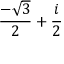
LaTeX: { \frac { - { \sqrt { 3 } } } { 2 } } + { \frac { i } { 2 } }